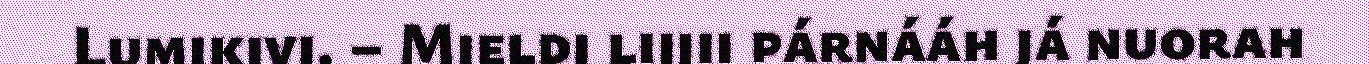
Lumikivi. – Mieldi lijjii párnááh já nuorah